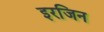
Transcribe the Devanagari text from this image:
इरजिन